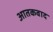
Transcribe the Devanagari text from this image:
आतकवाद